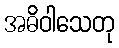
အဓိဝါသေတု